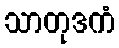
သာတုဒကံ